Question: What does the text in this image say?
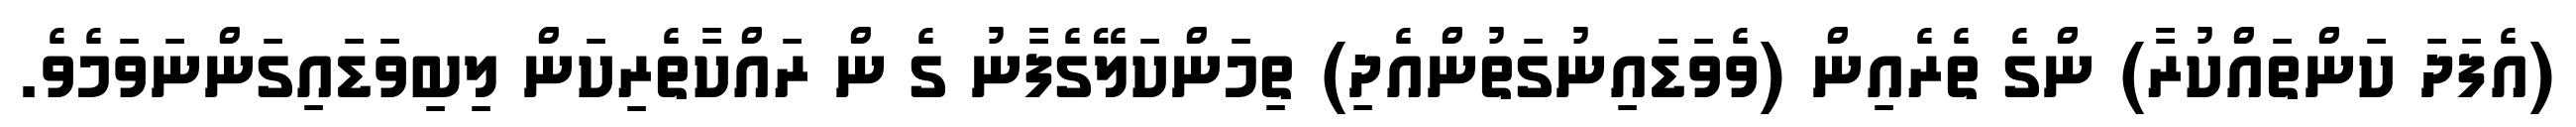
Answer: (އެފަދަ ކަންތައްކުރާ) ންގެ ތެރެއިން (ވެވަޑައިނުގަތުންއެދި) ތިމަންކަލޭގެފާނު ގެ ން ރައްކާތެރިކަން ލިބިވަޑައިގަންނަވަމެވެ.